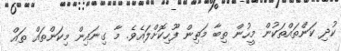
ކުދި ކަންތައްތަކުން މީހުން ތިބާ މަތިން ފޫހިކޮށްލައެވެ. މާ ގިނައިން މިކަންތައް ތައް